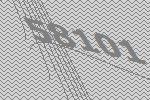
58101